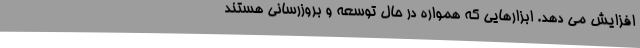
افزایش می دهد. ابزارهایی که همواره در حال توسعه و بروزرسانی هستند